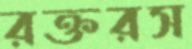
রক্তরস